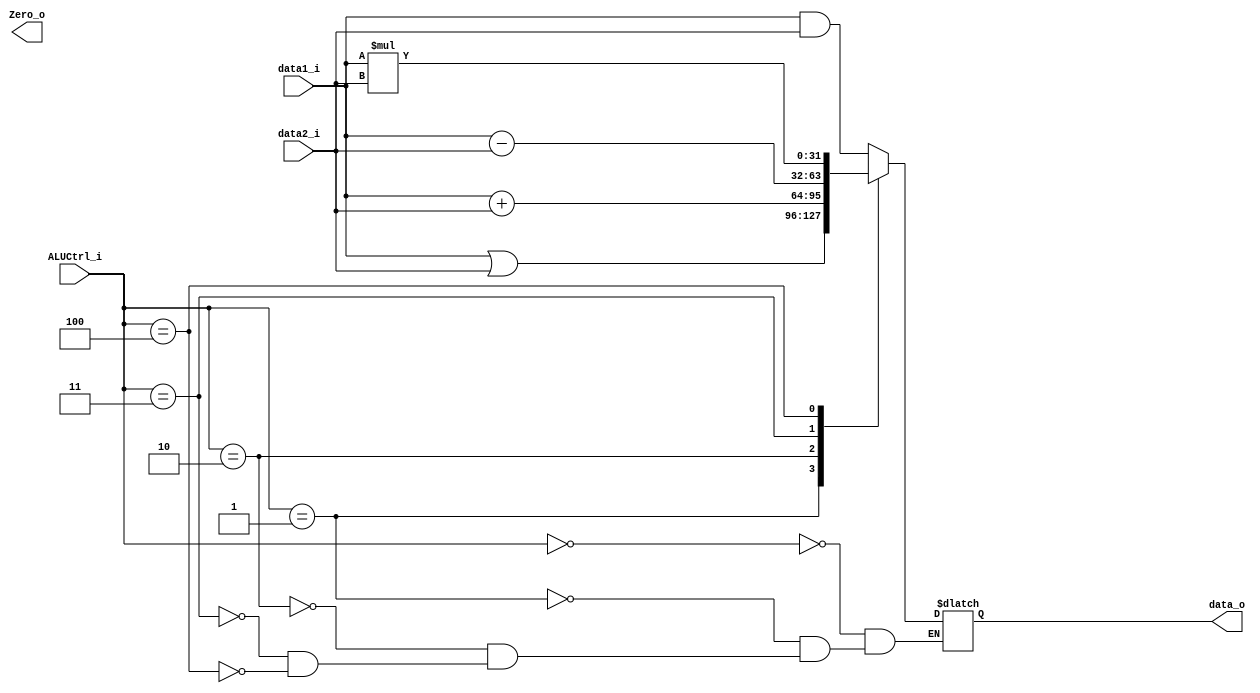
module ALU(
  input       [31:0]  data1_i,
  input       [31:0]  data2_i,
  input       [ 2:0]  ALUCtrl_i,
  output reg  [31:0]  data_o,
  output              Zero_o
); 
  
always @(*) begin
    case(ALUCtrl_i)
        3'b000:  data_o = data1_i & data2_i; //and
        3'b001:  data_o = data1_i | data2_i; //or
        3'b010:  data_o = data1_i + data2_i; //add addi
        3'b011:  data_o = data1_i - data2_i; //sub
        3'b100:  data_o = data1_i * data2_i; //mul
    endcase
end

endmodule